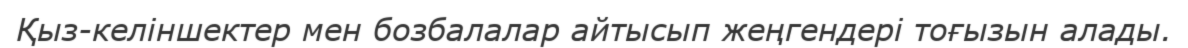
Қыз-келіншектер мен бозбалалар айтысып жеңгендері тоғызын алады.